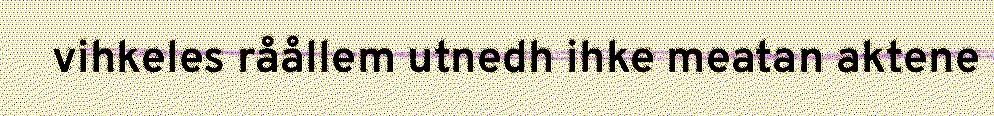
vihkeles råållem utnedh ihke meatan aktene